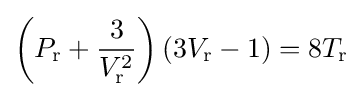
\left(P_{\text{r}}+{\frac {3}{V_{\text{r}}^{2}}}\right)\left(3V_{\text{r}}-1\right)=8T_{\text{r}}